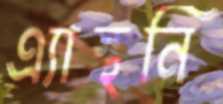
এ্যান্থনি